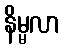
နိမ္မလာ